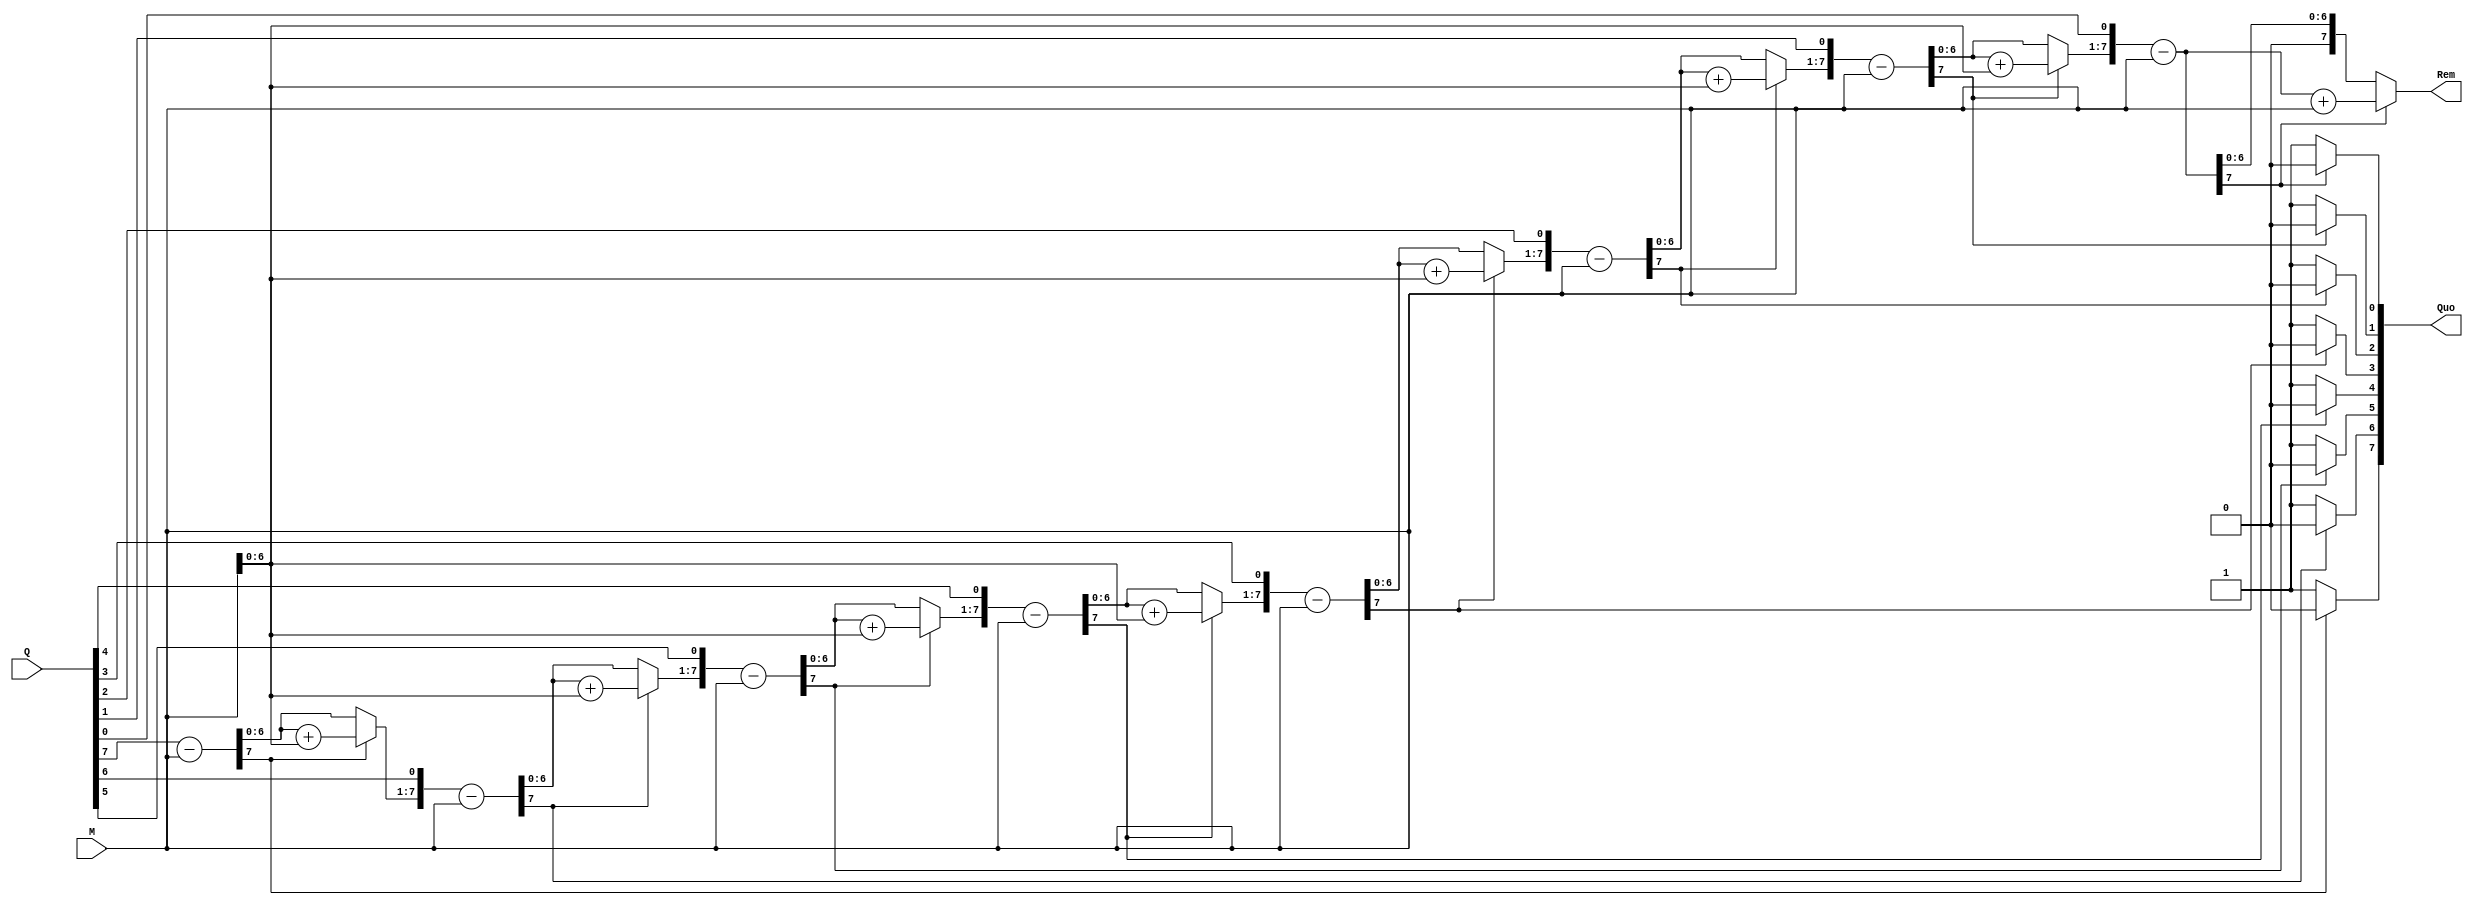
module Seq_Divider(
  input [7:0] Q,
  input [7:0] M,
  output [7:0] Quo,
  output [7:0] Rem
);
  
  reg [7:0] Quo = 0;
  reg [7:0] Rem = 0;
  reg [7:0] a1;
  reg [7:0] b1;
  reg [7:0] A;
  integer i;
  always@(Q or M)
  begin
    a1 = Q;
    b1 = M;
    A = 0;
  for(i = 0; i<8; i = i +1)
    begin
      A[7:0] = {A[6:0], a1[7]};
      a1[7:1] = {a1[6:0]};
      A = A - b1;
      if(A[7] == 1)
        begin
          a1[0] = 0;
          A = A + b1;
        end
      else
        a1[0] = 1;
    end
  Quo = a1;
  Rem = A;
  end
endmodule